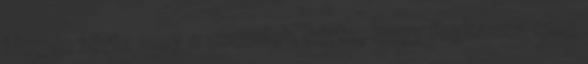
idegen törte meg a csendet, kérte, hogy foghassa meg